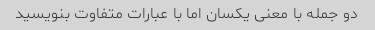
دو جمله با معنی یکسان اما با عبارات متفاوت بنویسید